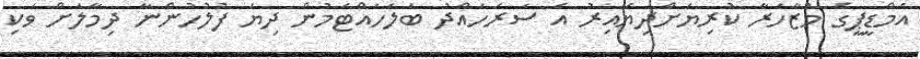
އެމްޑީޕީގެ މުޒާހަރާ ކުރިޔަށްދިޔައިރު އެ ސަރަހައްދު ބަލަހައްޓަމުން ދިޔަ ފުލުހުންނާ ދިމާލަށް ވަކި